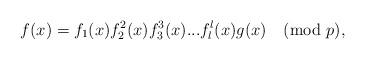
LaTeX: \begin{align*} f(x) = f_1 (x) f_2^2 (x) f_3^3 (x) ... f_l^l(x) g(x) \pmod{ p}, \end{align*}